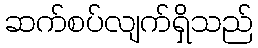
ဆက်စပ်လျက်ရှိသည်